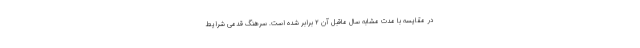
در مقایسه با مدت مشابه سال ماقبل آن ۲ برابر شده است. سرهنگ قدمی شرایط